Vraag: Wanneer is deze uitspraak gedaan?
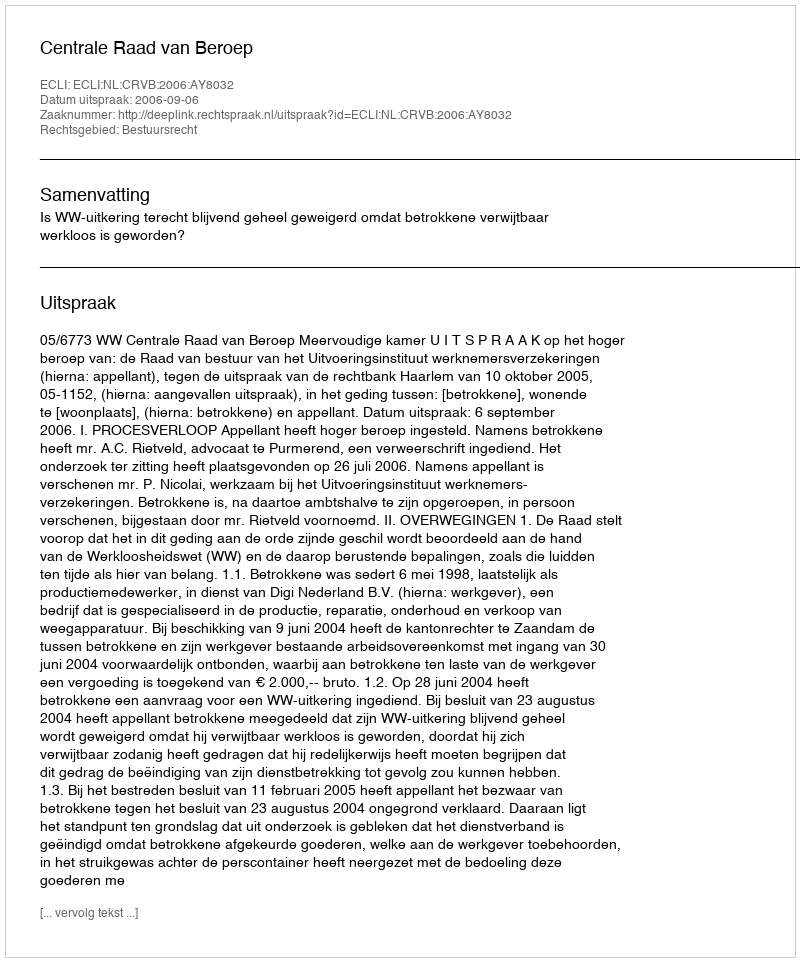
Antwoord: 2006-09-06